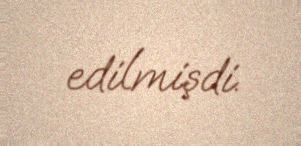
edilmişdi.